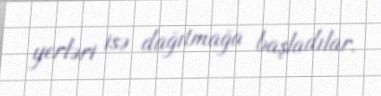
yerləri isə dağıtmağa başladılar.